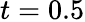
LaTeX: t=0.5